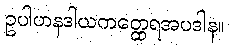
ဥပါဟနဒါယကတ္ထေရအပဒါန။